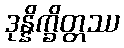
ဒုန္နိက္ခိတ္တဿ